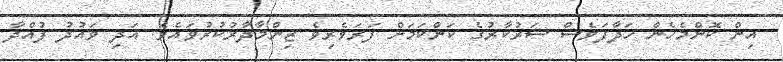
އިން ކޮންމެހެން ހަދާފަވެސް ސަރުކާރުގެ ކަންކަމަށް ފަރަވެރިވެ ޒިންމާދާރުކުރުވައެވެ. އަދި ވައުދު ފުއްދާ